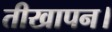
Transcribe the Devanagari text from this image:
तीखापन।